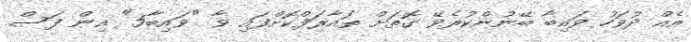
އެއް ދުވަހު ވައިބާ ބޭނުންކުރެވޭ ގޮތަށް ތައާރަފްކޮށްފައި ވާ "ވައިބާ5" އިން ފަސް